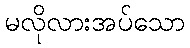
မလိုလားအပ်သော